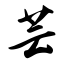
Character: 芸